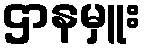
ဌာနမှူး